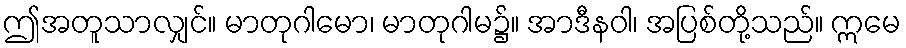
ဤအတူသာလျှင်။ မာတုဂါမော၊ မာတုဂါမ၌။ အာဒီနဝါ၊ အပြစ်တို့သည်။ ဣမေ